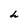
Character: h